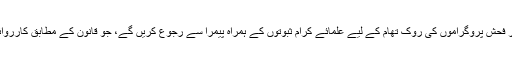
معاہدے کی رو سے میڈیا پر فحش پروگراموں کی روک تھام کے لیے علمائے کرام ثبوتوں کے ہمراہ پیمرا سے رجوع کریں گے، جو قانون کے مطابق کارروائی کرنے کا مجاز ادارہ ہے۔